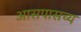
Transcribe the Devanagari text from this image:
आसपासच्य